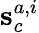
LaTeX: {\mathbf s}_{c}^{a,i}